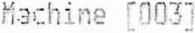
MACHINE [003]